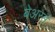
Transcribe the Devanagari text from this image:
बेअरर्स